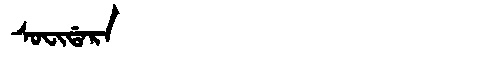
Manchu: ᠰᠣᠸᡳᡩᠠᡵᠠ
Romanization: SOFIDARA